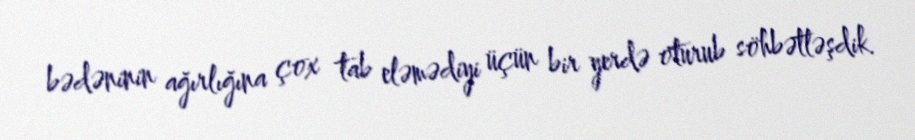
bədəninin ağırlığına çox tab eləmədiyi üçün bir yerdə oturub söhbətləşdik.